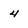
Character: 4